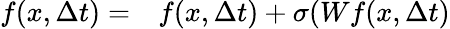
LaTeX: \begin{array}{rl}{f(x,\Delta t)=}&{{}f(x,\Delta t)+\sigma(Wf(x,\Delta t)}\end{array}